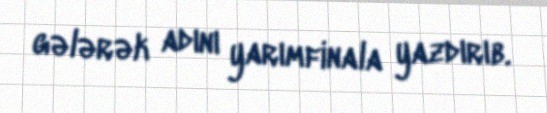
gələrək adını yarımfinala yazdırıb.